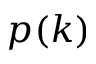
p ( k )